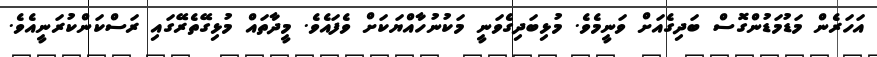
އަހަރެން މަޑުމަޑުންގޮސް ބަދިގެއަށް ވަނީމެވެ. މުޅިބަދިގެވަނީ މަކުނުހާއްޔަކަށް ވެފައެވެ. މީދާތައް މުޅިގޭތެރޭގައި ރަސްކަންކުރަނީއެވެ.